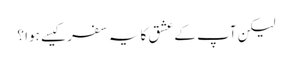
لیکن آپ کے عشق کا یہ سفر کیسے ہوا ؟